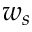
w _ { s }